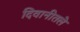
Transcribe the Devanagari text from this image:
दिवानीतले